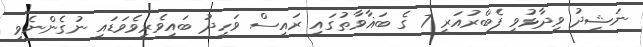
ނަޝީދު ވިދާޅުވީ ފެބްރުއަރީ 7 ގެ ބަޣާވާތުގައި ރައީސް ވަހީދު ބައިވެރިވެވަޑައި ނުގެންނެވި